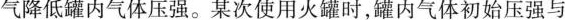
气降低罐内气体压强。某次使用火罐时，罐内气体初始压强与